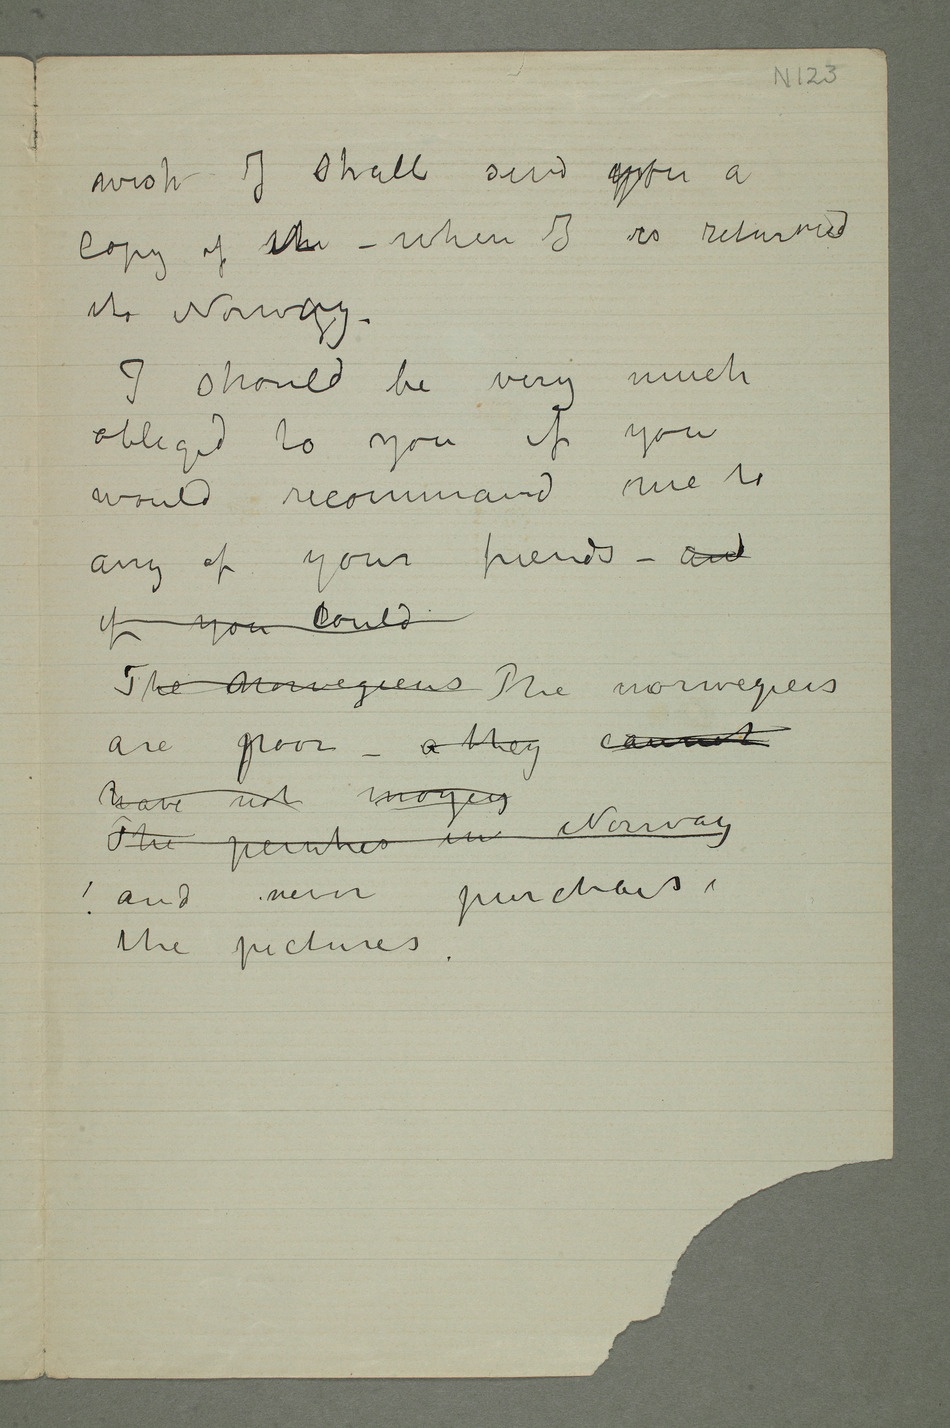
wish I shall send you a
copy of theit – when I is returned
I should be very much
obliged to you if you
would recommand me to
if you could
the pictures –